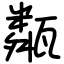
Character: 甐